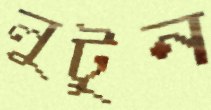
লুটুন